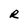
Character: R